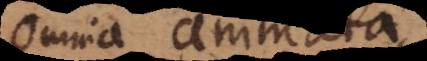
omnia animata